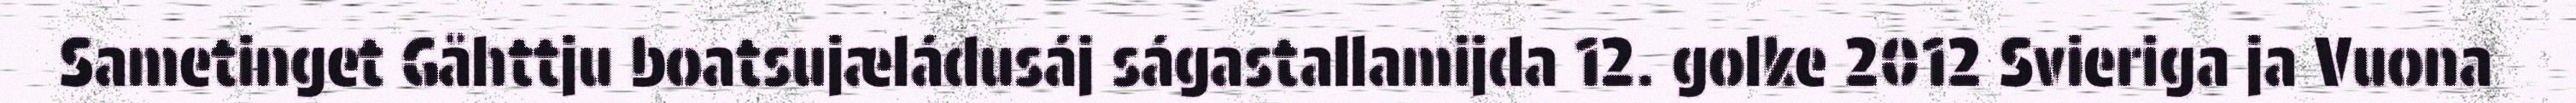
Sametinget Gåhttju boatsujæládusáj ságastallamijda 12. golke 2012 Svieriga ja Vuona